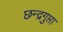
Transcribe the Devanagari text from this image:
छन्द्रगुप्ता